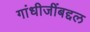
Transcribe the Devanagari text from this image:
गांधीजींबद्दल